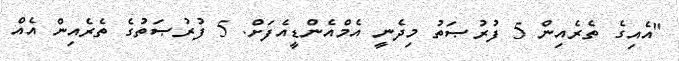
"އެއިގެ ތެރެއިން 5 ފުރުޞަތު މިދެނީ އެމްއެންޑީއެފަށް. 5 ފުރުޞަތުގެ ތެރެއިން އެއް